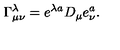
\Gamma _ { \mu \nu } ^ { \lambda } = e ^ { \lambda a } D _ { \mu } e _ { \nu } ^ { a } .